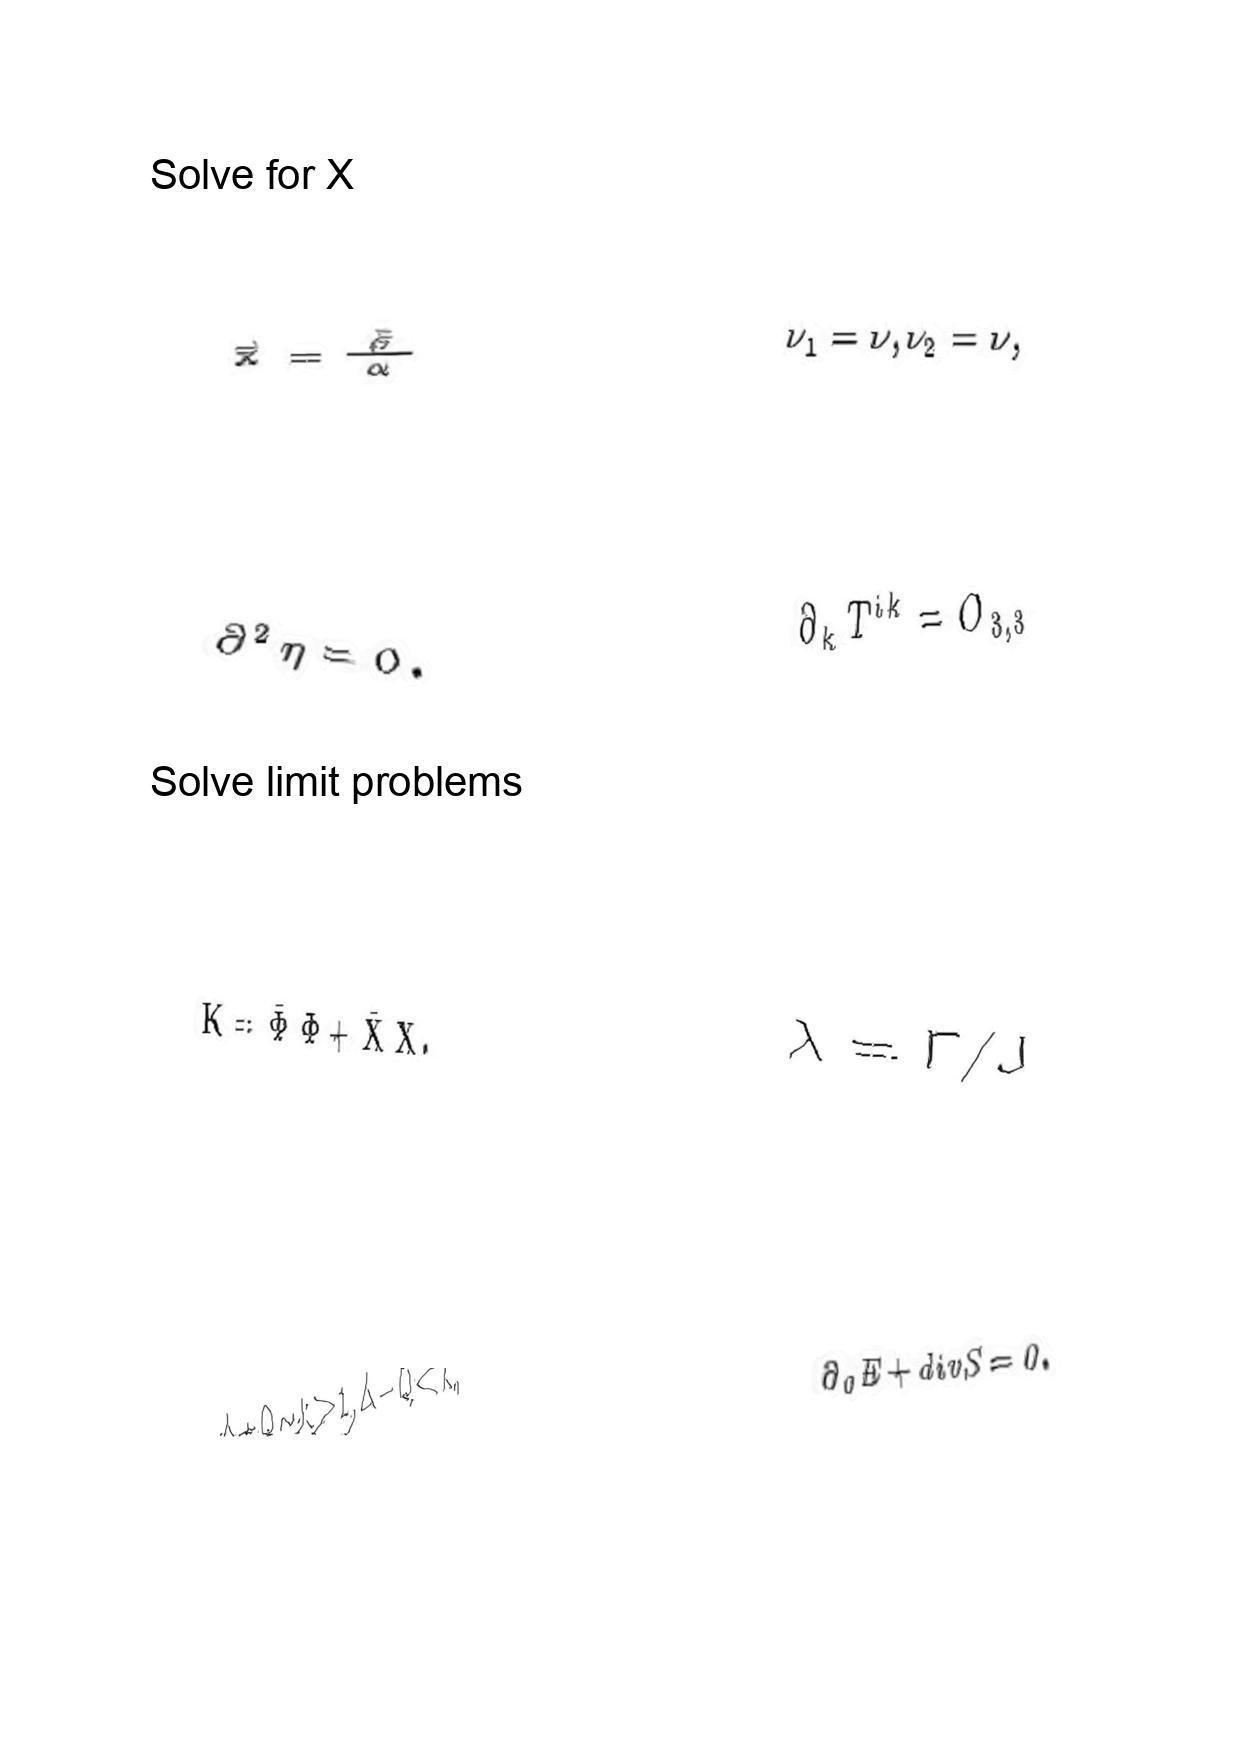
LaTeX transcription:
\vec { x } = \frac { \vec { \beta } } { \alpha }
\partial ^ { 2 } \eta = 0 .
K = \bar { \Phi } \Phi + \bar { X } X .
\Delta + Q \sim k \gg 1 , \Delta - Q \ll k ,
\nu _ { 1 } = \nu , \nu _ { 2 } = \nu ,
\partial _ { k } T ^ { i k } = O _ { 3 , 3 }
\lambda = \Gamma / J
\partial _ { 0 } E + d i v S = 0 .